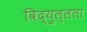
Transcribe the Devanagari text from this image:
विद्युल्लता